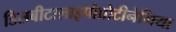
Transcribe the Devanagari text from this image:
डिसबीटालाइपोप्रोटीनेमिया